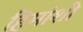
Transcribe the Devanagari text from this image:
हिमांशी